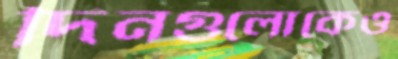
দিনগুলোকেও